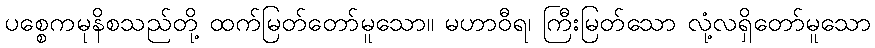
ပစ္စေကမုနိစသည်တို့ ထက်မြတ်တော်မူသော။ မဟာဝီရ၊ ကြီးမြတ်သော လုံ့လရှိတော်မူသော